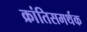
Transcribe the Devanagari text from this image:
क्रांतिसमर्थक